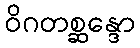
ဝိဂတစ္ဆန္ဒော